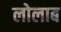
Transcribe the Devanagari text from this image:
लोलाब